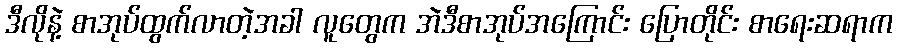
ဒီလိုနဲ့ စာအုပ်ထွက်လာတဲ့အခါ လူတွေက အဲဒီစာအုပ်အကြောင်း ပြောတိုင်း စာရေးဆရာက